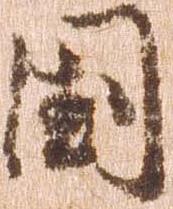
国